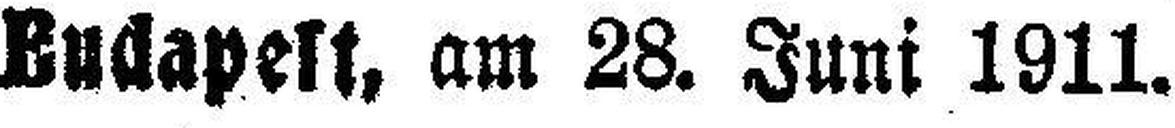
Budapest, am 28. Juni 1911.